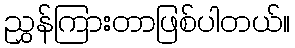
ညွှန်ကြားတာဖြစ်ပါတယ်။